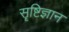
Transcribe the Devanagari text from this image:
सॄष्टिज्ञान